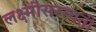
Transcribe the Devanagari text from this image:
लक्ष्मीसरस्वती